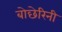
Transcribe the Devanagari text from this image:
बोछेरिनी